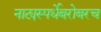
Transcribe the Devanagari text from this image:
नाट्यस्पर्धेबरोबरच